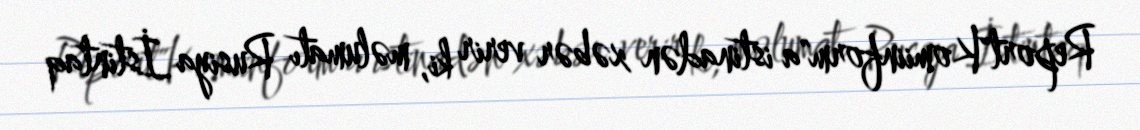
Report"Komiinform"a istinadən xəbər verir ki, məlumatı Rusiya İstintaq